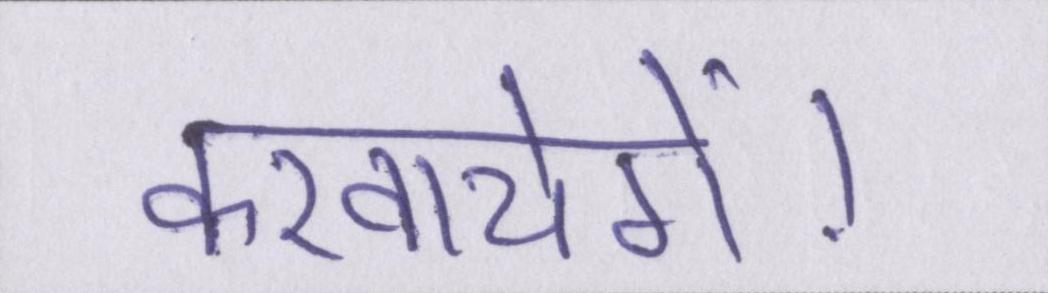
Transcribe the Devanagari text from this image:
करवायेगें।